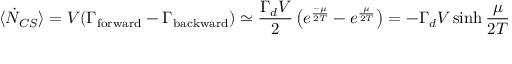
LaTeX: \langle \dot { N } _ { C S } \rangle = V ( \Gamma _ { \mathrm { f o r w a r d } } - \Gamma _ { \mathrm { b a c k w a r d } } ) \simeq \frac { \Gamma _ { d } V } { 2 } \left( e ^ { \frac { - \mu } { 2 T } } - e ^ { \frac { \mu } { 2 T } } \right) = - \Gamma _ { d } V \sinh \frac { \mu } { 2 T }